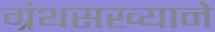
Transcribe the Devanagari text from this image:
ग्रंथसख्याने